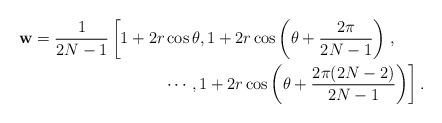
LaTeX: \begin{align*}\mathbf{w}&=\frac{1}{2N-1}\left [1+2r\cos \theta, 1+2r\cos \left (\theta+\frac{2\pi}{2N-1}\right ) \right.,\\ & ~~~~~~~~~~~~~~~~~~~~~~~~\left. \cdots,1+2r\cos \left (\theta+\frac{2\pi(2N-2)}{2N-1} \right ) \right ]^{}.\end{align*}